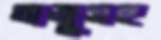
তাজুসহ